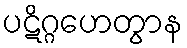
ပဋိဂ္ဂဟေတွာန